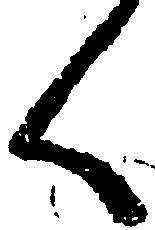
く